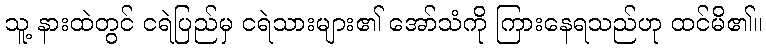
သူ့ နားထဲတွင် ငရဲပြည်မှ ငရဲသားများ၏ အော်သံကို ကြားနေရသည်ဟု ထင်မိ၏။